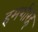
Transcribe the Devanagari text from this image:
हमशीरह